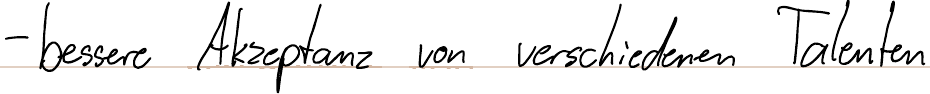
- bessere Akzeptanz von verschiedenen Talenten